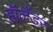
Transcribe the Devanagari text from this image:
हॉलैंडर